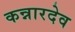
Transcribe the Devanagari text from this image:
कन्नारदेव